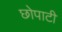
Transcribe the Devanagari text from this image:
छोपाटी